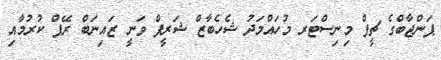
ޕަންޖާބްގެ ޗީފް މިނިސްޓަރ މުހައްމަދު ޝެހެބާޒް ޝަރީފް ވަނީ ޒައިނަބް ރޭޕް ކުރުމާއި